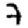
Digit: 7